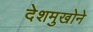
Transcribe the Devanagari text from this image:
देशमुखोने